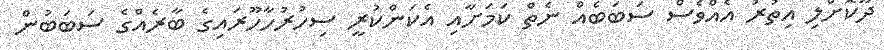
ދޫކޮށްލި އިތުރު އެއްވެސް ސަބަބެއް ނެތް ކަމަށާއި އެކަންކުރީ ސިހުރުހާހޫރައިގެ ބާރެއްގެ ސަބަބުން